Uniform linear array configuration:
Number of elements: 16
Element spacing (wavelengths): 0.5
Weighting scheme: hann
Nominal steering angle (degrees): -15
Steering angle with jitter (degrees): -15.533
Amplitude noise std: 0.05
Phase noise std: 0.05

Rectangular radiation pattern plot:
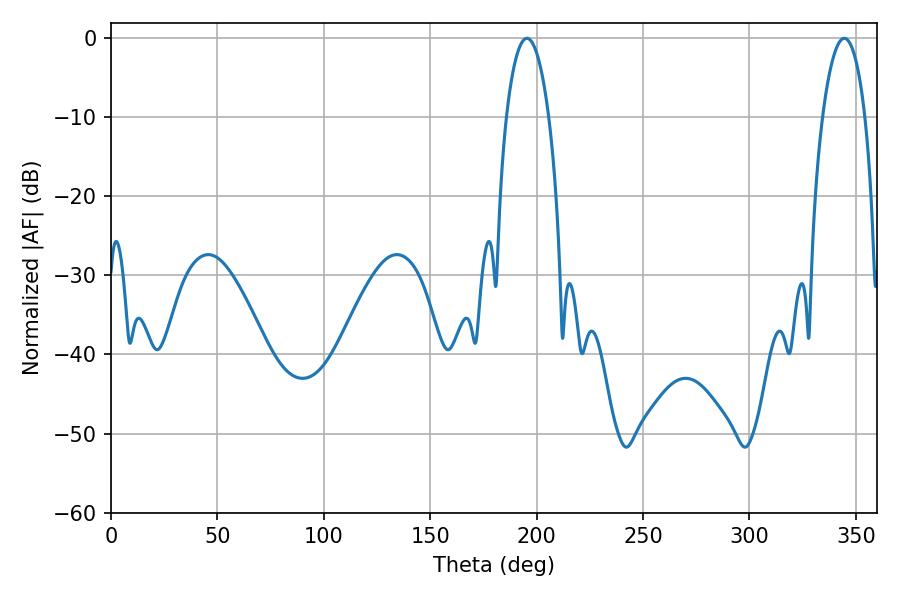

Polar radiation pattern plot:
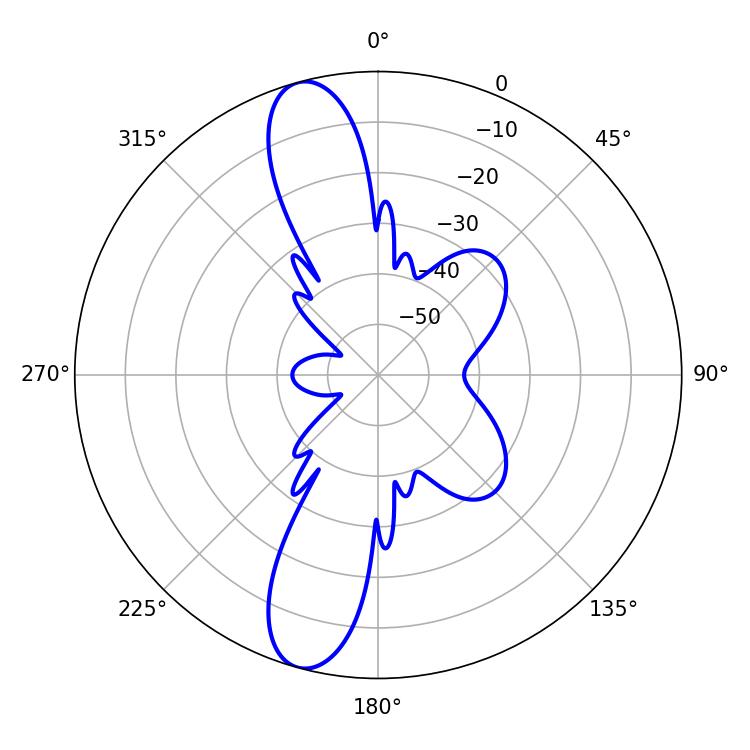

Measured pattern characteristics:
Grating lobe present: FALSE
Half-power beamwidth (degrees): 11.16
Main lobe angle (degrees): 195.48